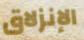
الإنزلاق